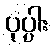
ပုပ္ပါး